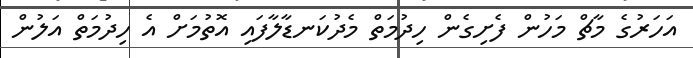
އަހަރުގެ މާޗް މަހުން ފެށިގެން ހިދުމަތް މެދުކަނޑާލާފައި އޮތުމަށް އެ ހިދުމަތް އަލުން